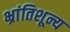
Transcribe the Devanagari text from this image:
भ्रांतिशून्य